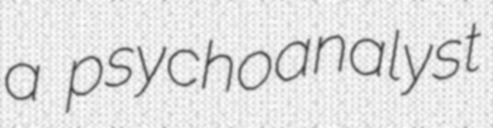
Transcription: a psychoanalyst